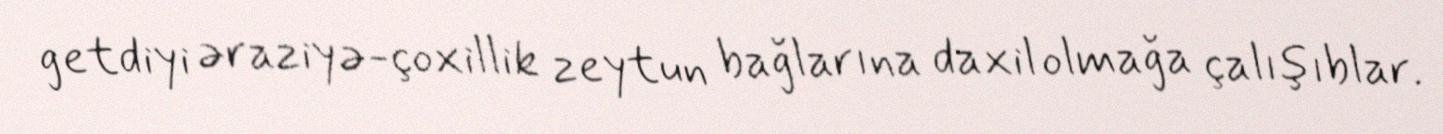
getdiyi əraziyə-çoxillik zeytun bağlarına daxil olmağa çalışıblar.